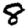
Digit: 8